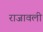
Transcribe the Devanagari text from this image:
राजावली